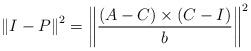
LaTeX: \begin{align*}\left\|I-P\right\|^2=\left\|\frac{(A-C)\times(C-I)}{b}\right\|^2\end{align*}